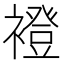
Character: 䙞